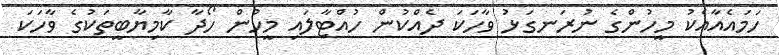
ހަމައެއާއެކު މީހުންގެ ނުރަނގަޅު ވާހަކަ ދެއްކުން ހުއްޓާލައި މީހުން ހޯދާ ކާމިޔާބީތަކުގެ ވާހަކަ